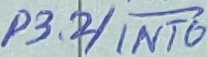
Text: P3.2/INT0